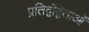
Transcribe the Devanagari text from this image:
प्रतिद्वंद्विताओं